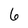
Character: 6